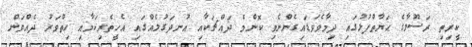
ކީރިތި ރަސޫލާގެ ޙަޔާތްޕުޅުގައި ދިމާވެވަޑައިގެންނެވި ކޮންމެ ދައްޗަކާއި އުނދަގުލެއްގައި އެހީތެރިކަމާއި ހިތްވަރު ދެއްވަން